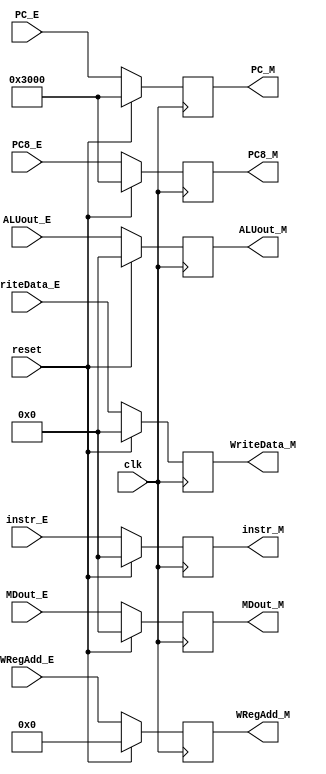
`timescale 1ns / 1ps
//////////////////////////////////////////////////////////////////////////////////
// Company: 
// Engineer: 
// 
// Design Name: 
// Module Name:    EX_MEM 
// Project Name: 
// Target Devices: 
// Tool versions: 
// Description: 
//
// Dependencies: 
//
// Revision: 
// Revision 0.01 - File Created
// Additional Comments: 
//
//////////////////////////////////////////////////////////////////////////////////
module EX_MEM(
	 input clk,
	 input reset,
	 input [31:0] MDout_E,
	 input [31:0] instr_E,
	 input [31:0] ALUout_E,
	 input [31:0] WriteData_E,
	 input [31:0] PC_E,
	 input [31:0] PC8_E,
	 input [4:0] WRegAdd_E,
	 output [31:0] MDout_M,
	 output [31:0] instr_M,
	 output [31:0] ALUout_M,
	 output [31:0] WriteData_M,
	 output [31:0] PC_M,
	 output [31:0] PC8_M,
	 output [4:0] WRegAdd_M
    );
	 
	 reg [31:0] in,alu,wd,wra,pc,pc8,md;
	 
	 initial begin
		in <= 0;
		alu <= 0;
		wd <= 0;
		wra <= 0;
		pc <= 32'h0000_3000;
		pc8 <= 32'h0000_3000;
		md <= 32'b0;
	 end
	 
	 assign instr_M = in;
	 assign ALUout_M = alu;
	 assign WriteData_M = wd;
	 assign WRegAdd_M =wra;
	 assign PC_M = pc;
	 assign PC8_M = pc8;
	 assign MDout_M = md;
	 always@(posedge clk)begin
		if(reset)begin
			in <= 0;
			alu <= 0;
			wd <= 0;
			wra <= 0;
			pc <= 32'h0000_3000;
			pc8 <= 32'h0000_3000;
			md <= 32'b0;
		end
		else begin
			in <= instr_E;
			alu <= ALUout_E;
			wd <= WriteData_E;
			wra <= WRegAdd_E;
			pc <= PC_E;
			pc8 <= PC8_E;
			md <= MDout_E;
		end
	 end
	 


endmodule